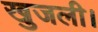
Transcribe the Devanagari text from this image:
खुजली।